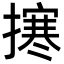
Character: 㩃